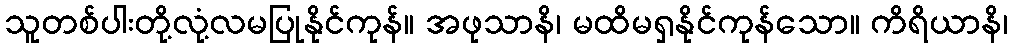
သူတစ်ပါးတို့လုံ့လမပြုနိုင်ကုန်။ အဖုသာနိ၊ မထိမရှနိုင်ကုန်သော။ ကိရိယာနိ၊